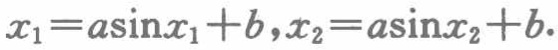
\(x_{1}=a\sin x_{1}+b,x_{2}=a\sin x_{2}+b.\)